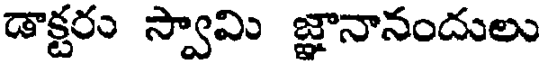
డాక్టరం స్వామి జ్ఞానానందులు